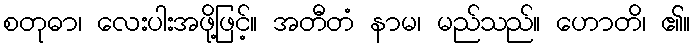
စတုဓာ၊ လေးပါးအဖို့ဖြင့်။ အတီတံ နာမ၊ မည်သည်။ ဟောတိ၊ ၏။